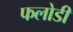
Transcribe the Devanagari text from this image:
फलोडी